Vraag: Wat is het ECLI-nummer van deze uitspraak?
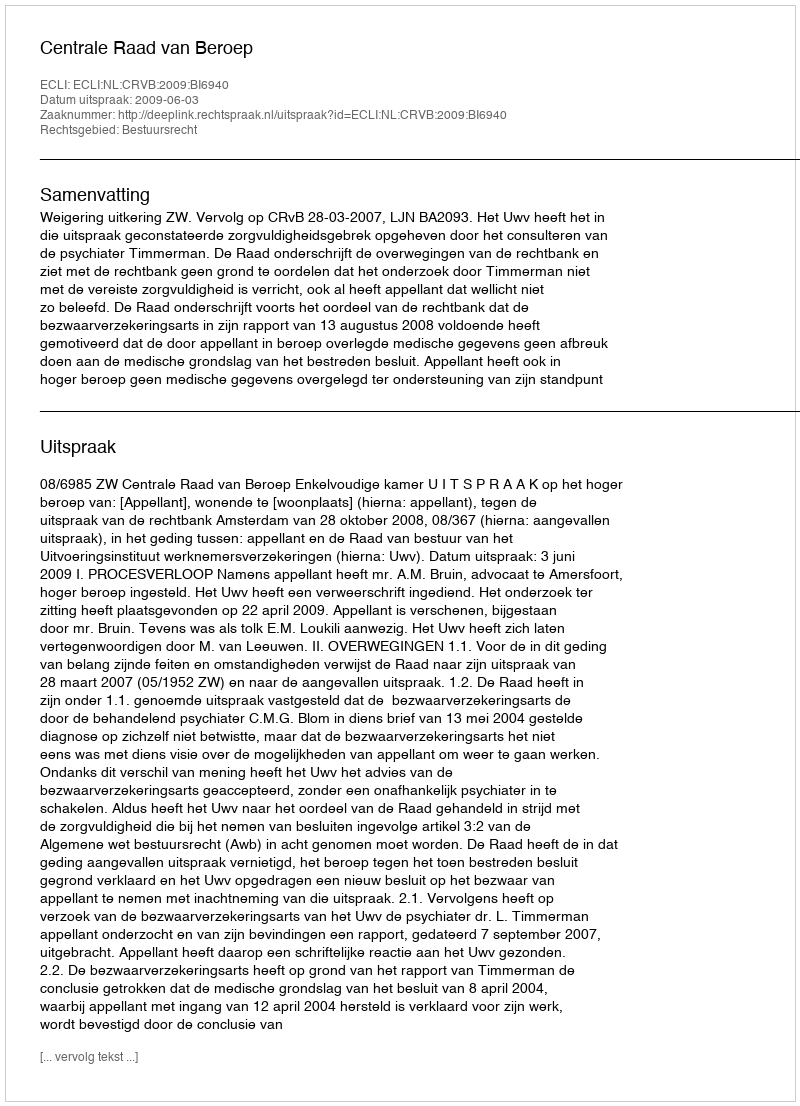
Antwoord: ECLI:NL:CRVB:2009:BI6940